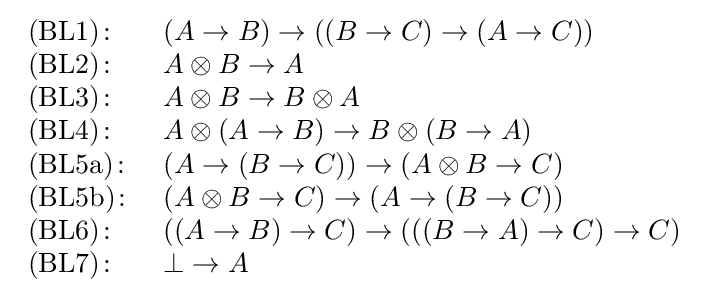
{\begin{array}{ll}{\rm {(BL1)}}\colon &(A\rightarrow B)\rightarrow ((B\rightarrow C)\rightarrow (A\rightarrow C))\\{\rm {(BL2)}}\colon &A\otimes B\rightarrow A\\{\rm {(BL3)}}\colon &A\otimes B\rightarrow B\otimes A\\{\rm {(BL4)}}\colon &A\otimes (A\rightarrow B)\rightarrow B\otimes (B\rightarrow A)\\{\rm {(BL5a)}}\colon &(A\rightarrow (B\rightarrow C))\rightarrow (A\otimes B\rightarrow C)\\{\rm {(BL5b)}}\colon &(A\otimes B\rightarrow C)\rightarrow (A\rightarrow (B\rightarrow C))\\{\rm {(BL6)}}\colon &((A\rightarrow B)\rightarrow C)\rightarrow (((B\rightarrow A)\rightarrow C)\rightarrow C)\\{\rm {(BL7)}}\colon &\bot \rightarrow A\end{array}}